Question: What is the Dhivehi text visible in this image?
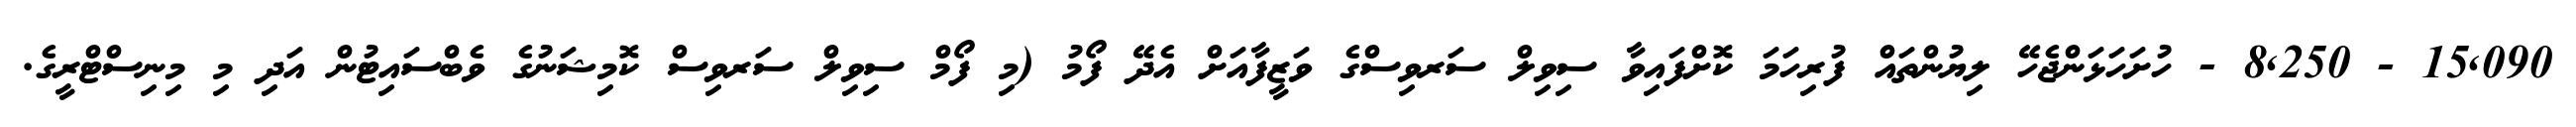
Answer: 15,090 - 8,250 - ހުށަހަޅަންޖެހޭ ލިޔުންތައް ފުރިހަމަ ކޮށްފައިވާ ސިވިލް ސަރވިސްގެ ވަޒީފާއަށް އެދޭ ފޯމު (މި ފޯމް ސިވިލް ސަރވިސް ކޮމިޝަނުގެ ވެބްސައިޓުން އަދި މި މިނިސްޓްރީގެ.